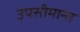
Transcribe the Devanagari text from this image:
उपसीमान्त